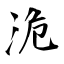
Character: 洈